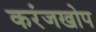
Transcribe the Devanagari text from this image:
करंजखोप